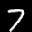
Label: 7